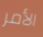
الأمر